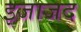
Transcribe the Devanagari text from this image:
इजाजद